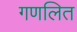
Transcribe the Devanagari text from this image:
गणलित